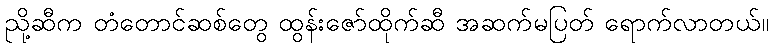
ညို့ဆီက တံတောင်ဆစ်တွေ ထွန်းဇော်ထိုက်ဆီ အဆက်မပြတ် ရောက်လာတယ်။